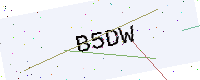
Text: B5DW